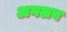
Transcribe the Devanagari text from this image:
अगलब